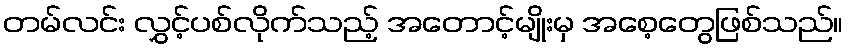
တမ်လင်း လွှင့်ပစ်လိုက်သည့် အတောင့်မျိုးမှ အစေ့တွေဖြစ်သည်။